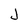
Character: J